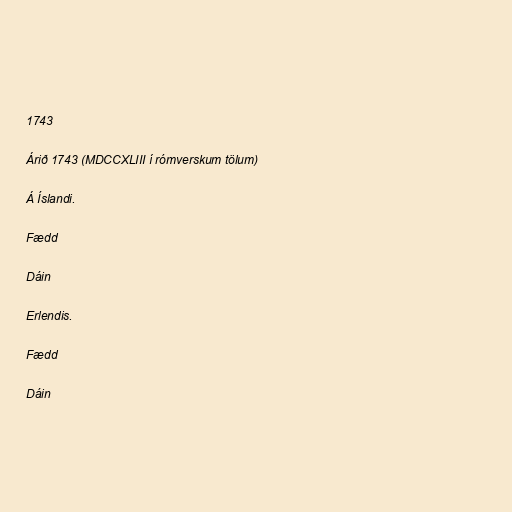
1743

Árið 1743 (MDCCXLIII í rómverskum tölum)

Á Íslandi.

Fædd

Dáin

Erlendis.

Fædd

Dáin